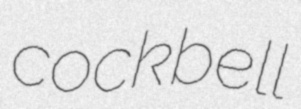
cockbell